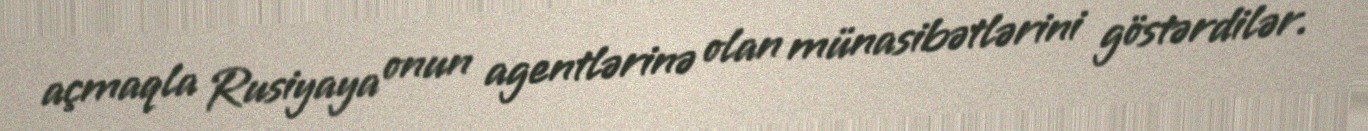
açmaqla Rusiyaya onun agentlərinə olan münasibətlərini göstərdilər.